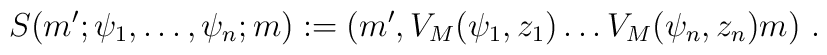
S(m';\psi_1,\dots,\psi_n;m):= (m', V_M(\psi_1,z_1) \dots   V_M(\psi_n,z_n) m) \ .